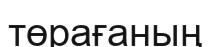
төрағаның